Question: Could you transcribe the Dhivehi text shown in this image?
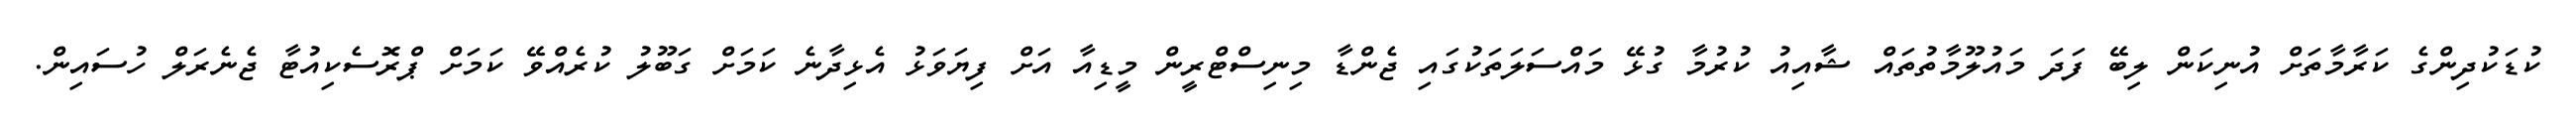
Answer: ކުޑަކުދިންގެ ކަރާމާތަށް އުނިކަން ލިބޭ ފަދަ މައުލޫމާތުތައް ޝާއިއު ކުރުމާ ގުޅޭ މައްސަލަތަކުގައި ޖެންޑާ މިނިސްޓްރީން މީޑިއާ އަށް ފިޔަވަޅު އެޅިދާނެ ކަމަށް ގަބޫލު ކުރެއްވޭ ކަމަށް ޕްރޮސެކިއުޓާ ޖެނެރަލް ހުސައިން.